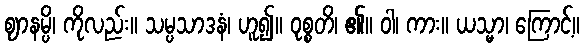
ဈာနမ္ပိ၊ ကိုလည်း။ သမ္ပသာဒနံ၊ ဟူ၍။ ဝုစ္စတိ၊ ၏။ ဝါ၊ ကား။ ယသ္မာ၊ ကြောင့်။